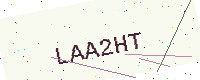
Text: LAA2HT